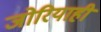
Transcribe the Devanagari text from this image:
जोरियाही